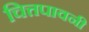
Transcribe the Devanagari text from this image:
चित्तपावनी